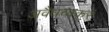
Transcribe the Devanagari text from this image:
अवैधव्यकरं